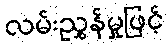
လမ်းညွှန်မှုဖြင့်